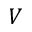
V